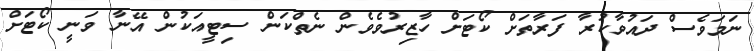
ނަމަވެސް ދައުވާކުރާ ފަރާތަށް ކޯޓަށް ހާޒިރުވެވެން ނެތްކަން ސިޓީއަކުން އޭނާ ވަނީ ކޯޓަށް